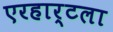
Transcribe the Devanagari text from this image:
एरहार्टला